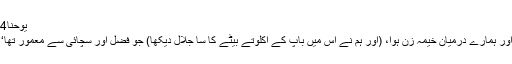
یوحنا1:14 کہتی ہے،
کلام متجسم ہوا اور ہمارے درمیان خیمہ زن ہوا، (اور ہم نے اُس میں باپ کے اکلوتے بیٹے کا سا جلال دیکھا) جو فضل اور سچائی سے معمور تھا‘‘ (یوحنا1:14)۔